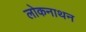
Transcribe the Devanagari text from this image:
लोकनाथन